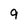
Character: 9